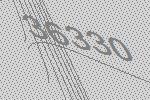
36330